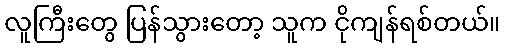
လူကြီးတွေ ပြန်သွားတော့ သူက ငိုကျန်ရစ်တယ်။